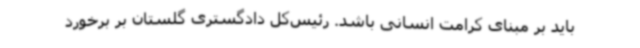
باید بر مبنای کرامت انسانی باشد. رئیس‌کل دادگستری گلستان بر برخورد